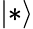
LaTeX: |*\rangle